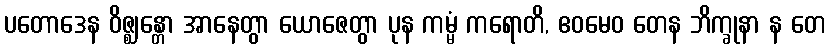
ပတောဒေန ဝိဇ္ဈန္တော အာနေတွာ ယောဇေတွာ ပုန ကမ္မံ ကရောတိ, ဧဝမေဝ တေန ဘိက္ခုနာ န တေ